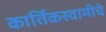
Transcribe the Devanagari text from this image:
कार्तिकस्वामीचे